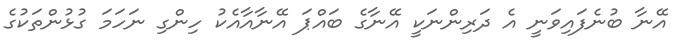
އޭނާ ބުނެފައިވަނީ އެ ދަރިންނަކީ އޭނާގެ ބައްޕަ އޭނާއާއެކު ހިންގި ނަހަމަ ގުޅުންތަކުގެ